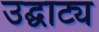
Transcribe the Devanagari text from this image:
उद्घाट्य